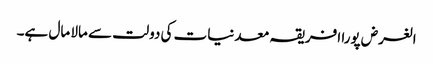
الغرض پورا افریقہ معدنیات کی دولت سے مالا مال ہے۔